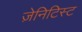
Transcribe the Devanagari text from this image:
ज़ेनिटिस्ट